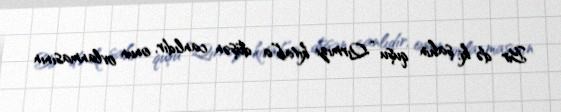
Bir də ki, şahin quşu “Qırmızı kitab”a düşən canlıdır, onun ovlanmasının